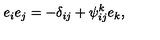
e _ { i } e _ { j } = - \delta _ { i j } + \psi _ { i j } ^ { k } e _ { k } ,